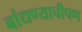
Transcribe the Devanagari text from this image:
बांधण्याचीपण